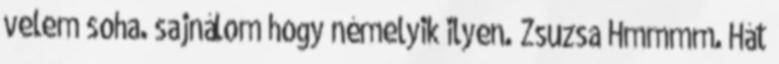
velem soha. sajnálom hogy némelyik ilyen. Zsuzsa Hmmmm. Hát